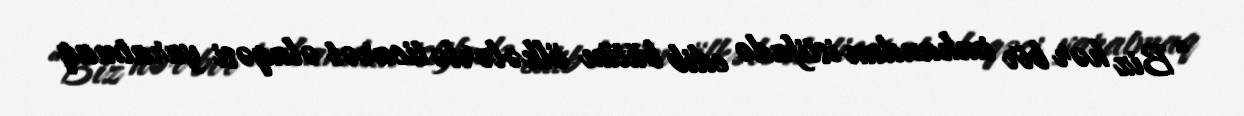
“Biz hər bir imkandan istifadə edib bütün ölkələrlə ticarət əlaqəsi yaratmaq